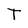
Character: T